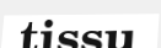
tissu